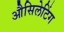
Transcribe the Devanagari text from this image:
औसिलेटिंग